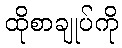
ထိုစာချုပ်ကို